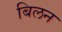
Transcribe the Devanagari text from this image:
बिलन